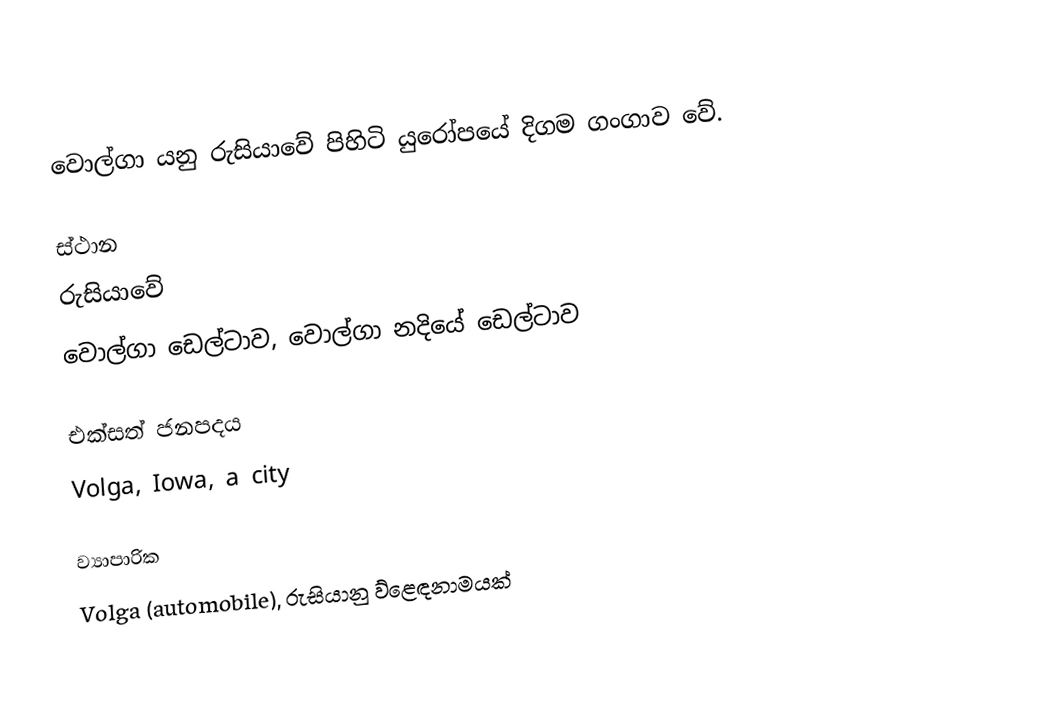
වොල්ගා යනු රුසියාවේ පිහිටි යුරෝපයේ දිගම ගංගාව වේ.

ස්ථාන
රුසියාවේ
වොල්ගා ඩෙල්ටාව, වොල්ගා නදියේ ඩෙල්ටාව

එක්සත් ජනපදය
Volga, Iowa, a city

ව්‍යාපාරික
Volga (automobile), රුසියානු ව්ළෙඳනාමයක්